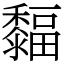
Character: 䵗